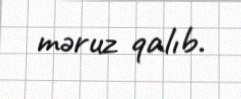
məruz qalıb.